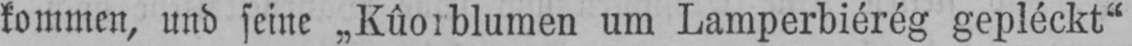
kommen, und seine „Kûorblumen um Lamperbiérég gepléckt“